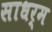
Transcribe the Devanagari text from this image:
साधर्म